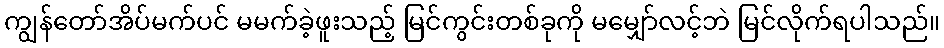
ကျွန်တော်အိပ်မက်ပင် မမက်ခဲ့ဖူးသည့် မြင်ကွင်းတစ်ခုကို မမျှော်လင့်ဘဲ မြင်လိုက်ရပါသည်။